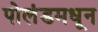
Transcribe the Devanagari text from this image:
पोलंडमधून